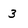
Character: 3